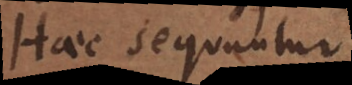
Haec sequuntur